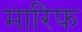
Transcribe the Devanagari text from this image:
मारिफ